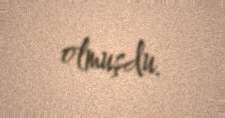
olmuşdu.